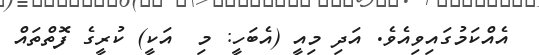
އެއްކަމުގައިވިއެވެ. އަދި މިއީ (އެބަހީ: މި  އަކީ) ކުރީގެ ފޮތްތައް